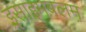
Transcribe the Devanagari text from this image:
इसाइमबलम